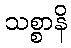
သစ္စာနိ